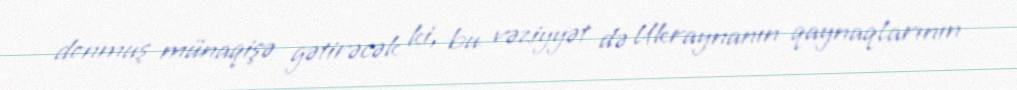
donmuş münaqişə gətirəcək ki, bu vəziyyət də Ukraynanın qaynaqlarının